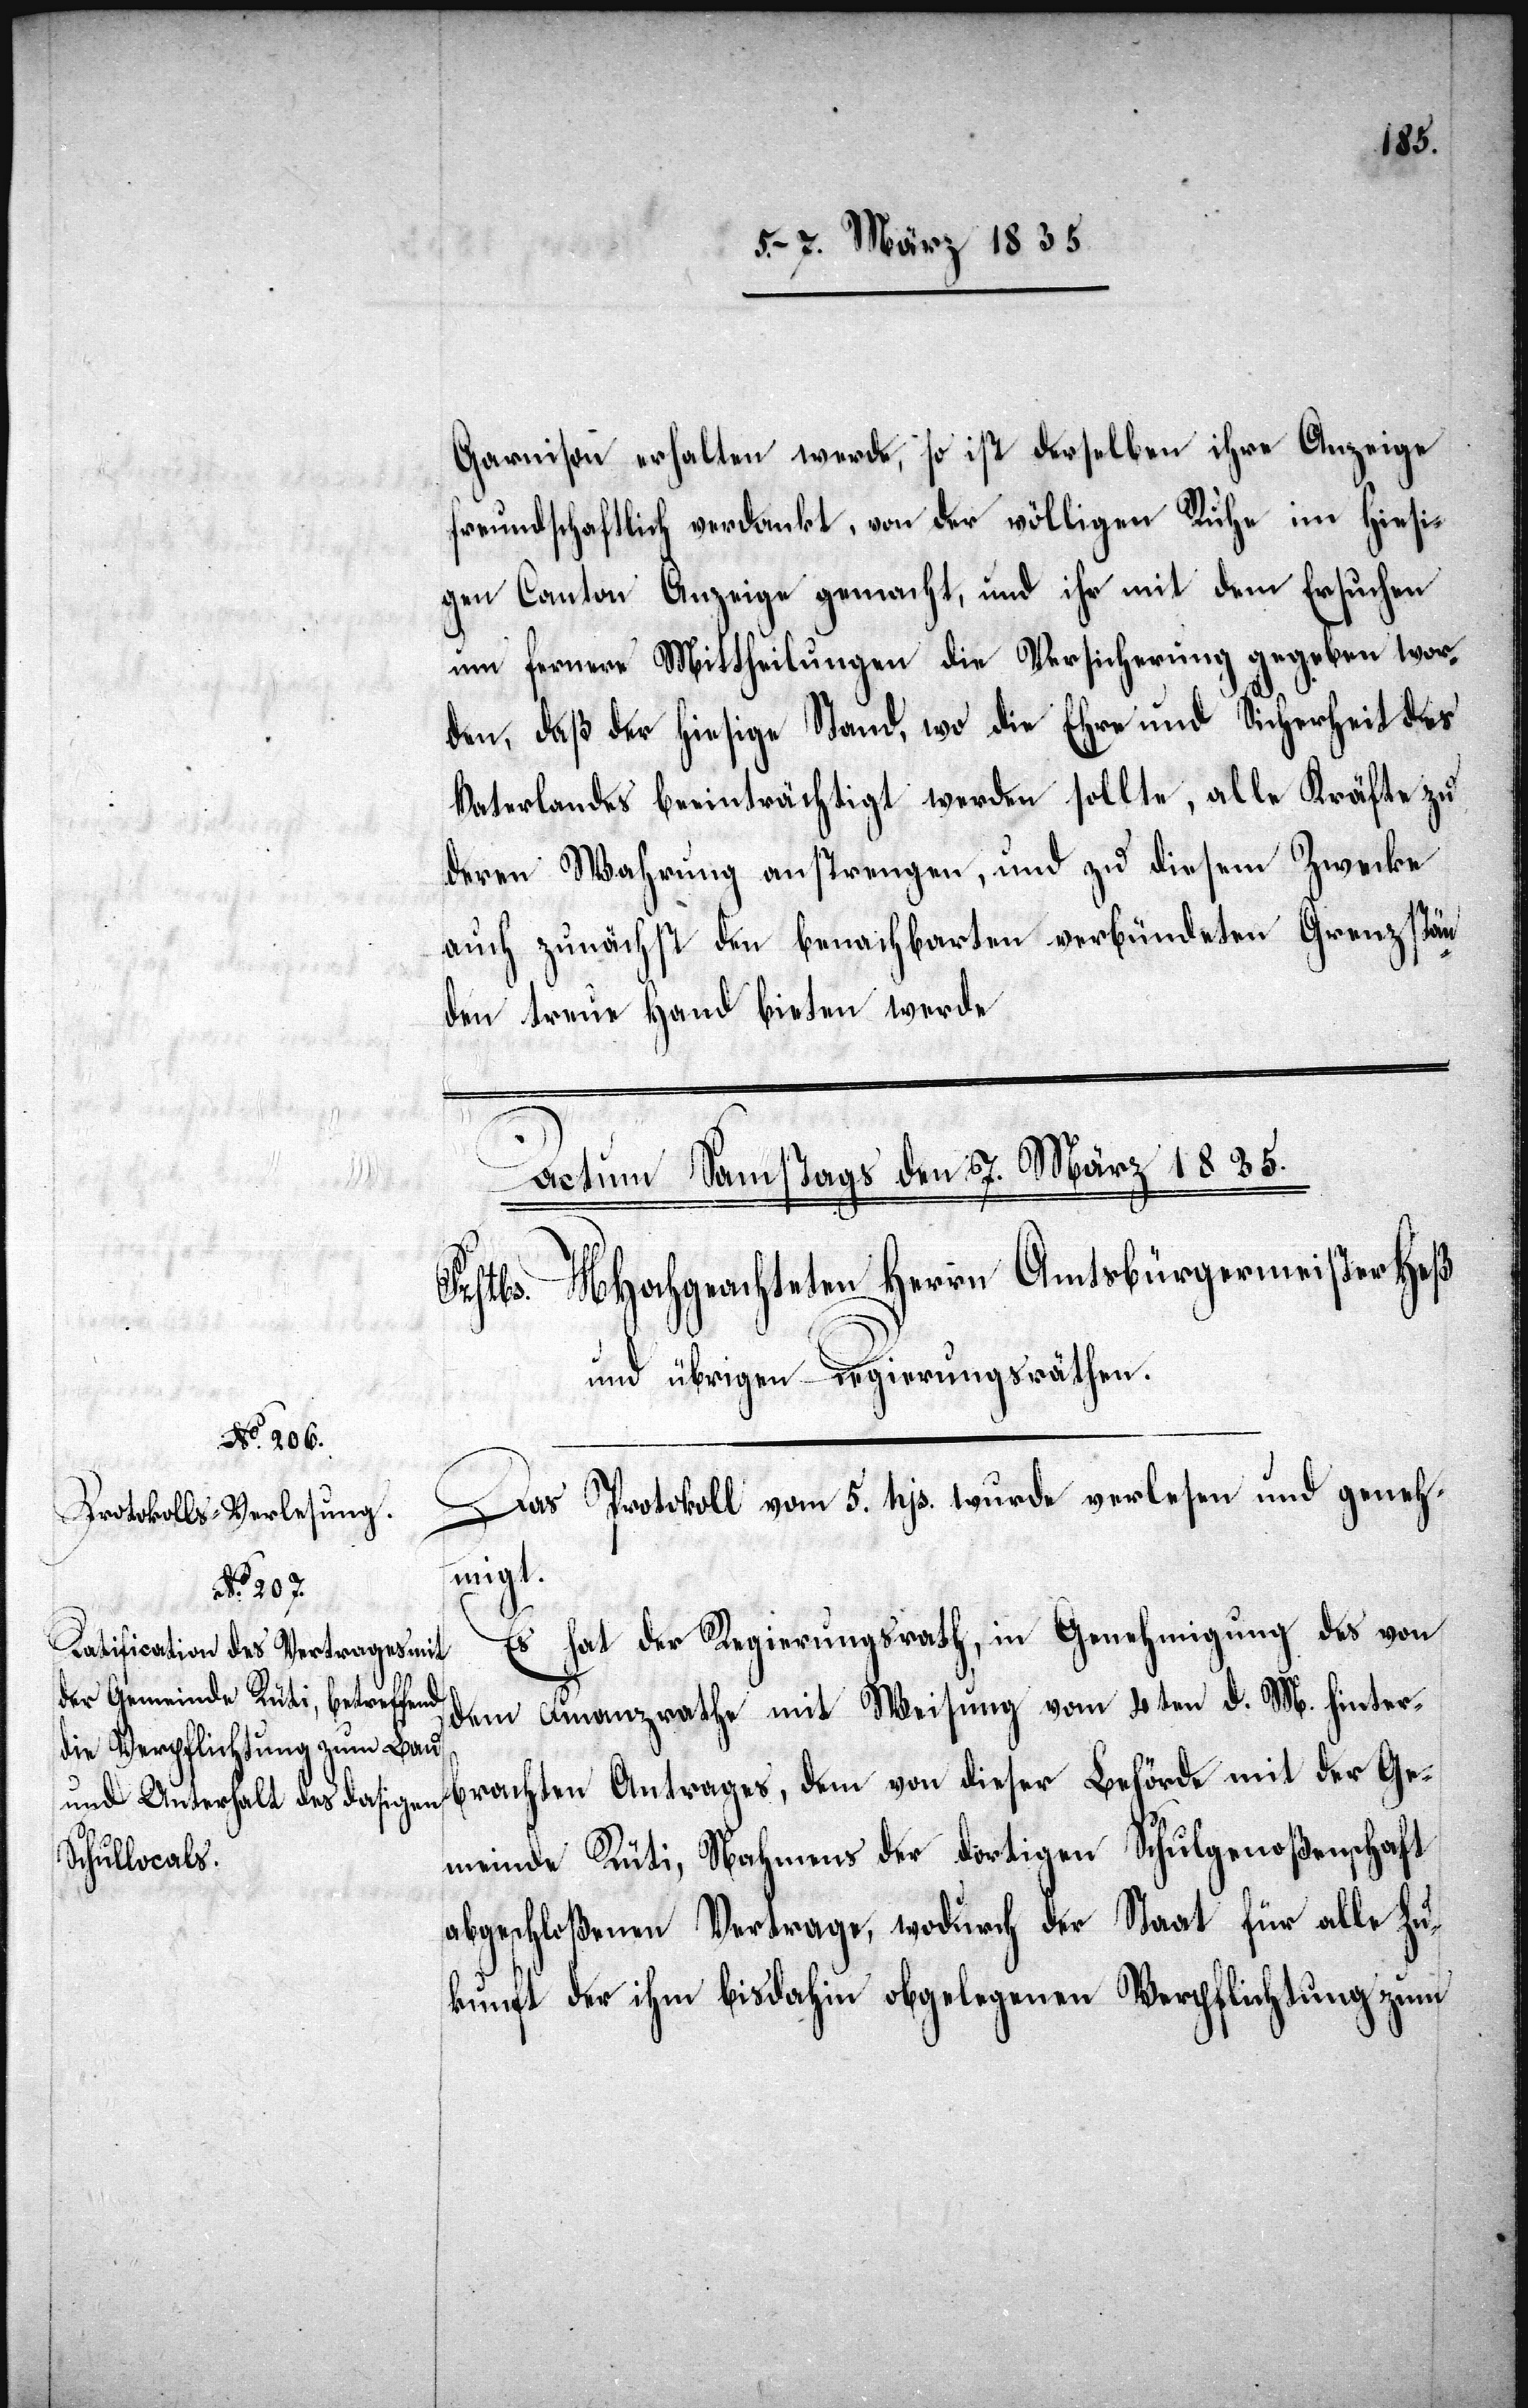
Garnison erhalten werde, so ist derselben ihre Anzeige
freundschaftlich verdankt, von der völligen Ruhe im hiesi¬
gen Canton Anzeige gemacht, und ihr mit dem Ersuchen
um fernere Mittheilungen die Versicherung gegeben wor¬
den, daß der hiesige Stand, wo die Ehre und Sicherheit des
Vaterlandes beeinträchtigt werden sollte, alle Kräfte zu
deren Mahnung anstrengen, und zu diesem Zwecke
auch zunächst den benachbarten verbündeten Grenzstän¬
den treue Hand bieten werde.
Das Protokoll vom 5. hjs. wurde verlesen und geneh¬
migt.
Es hat der Regierungsrath, in Genehmigung des von
dem Finanzrathe mit Weisung vom 4ten d. M. hinter¬
brachten Antrages, dem von dieser Behörde mit der Ge¬
meinde Rüti, Nahmens der dortigen Schulgenoßenschaft
abgeschloßenen Vertrage, wodurch der Staat für alle Zu¬
kunft der ihm bisdahin obgelegenen Verpflichtungen zum